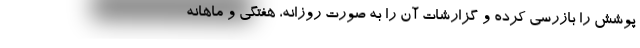
پوشش را بازرسی کرده و گزارشات آن را به صورت روزانه، هفتگی و ماهانه